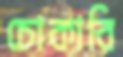
চোকাবি